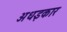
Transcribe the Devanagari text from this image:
अधइकार